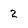
Character: 2